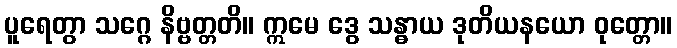
ပူရေတွာ သဂ္ဂေ နိဗ္ဗတ္တတိ။ ဣမေ ဒွေ သန္ဓာယ ဒုတိယနယော ဝုတ္တော။